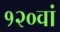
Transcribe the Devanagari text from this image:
१२०वां